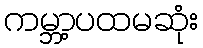
ကမ္ဘာ့ပထမဆုံး